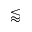
\lessapprox